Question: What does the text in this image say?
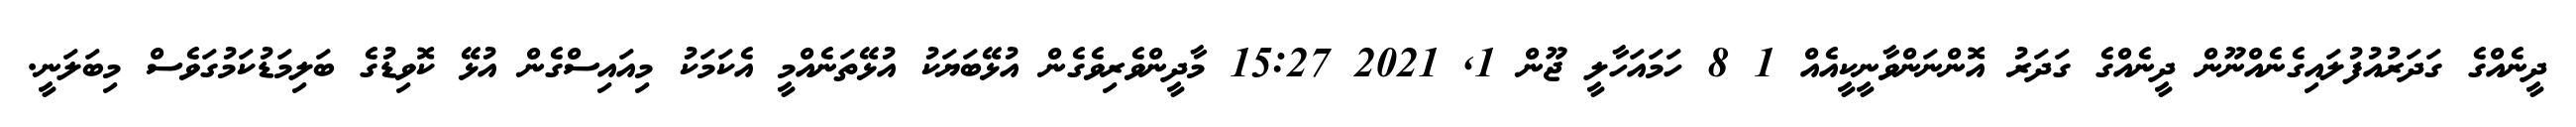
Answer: ދީނެއްގެ ގަދަރުއުފުލައިގެނެއްނޫން ދީނެއްގެ ގަދަރު އޮންނަންވާނީކީއެއް 1 8 ހަމައަހާލީ ޖޫން 1, 2021 15:27 މާދީންވެރިވެގެން އުޅޭބަޔަކު އުޅޭތަނެއްމީ އެކަމަކު މިއައިސްގެން އުޅޭ ކޮވިޑުގެ ބަލިމަޑުކަމުގަވެސް މިބަލަނީ.